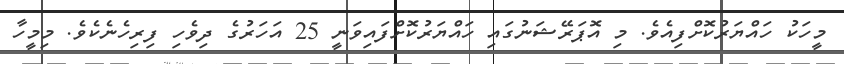
މީހަކު ހައްޔަރުކޮށްފިއެވެ. މި އޮޕަރޭޝަނުގައި ހައްޔަރުކޮށްފައިވަނީ 25 އަހަރުގެ ދިވެހި ފިރިހެނެކެވެ. މިމީހާ